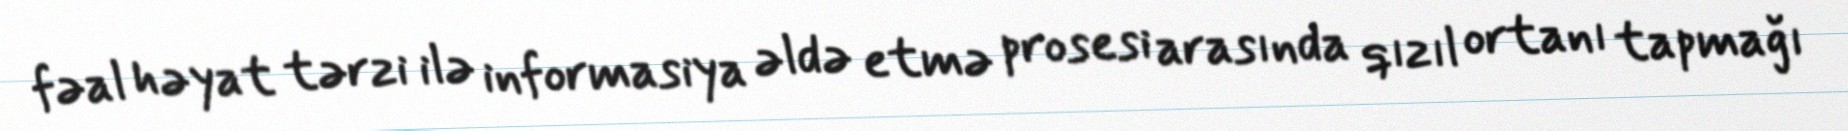
fəal həyat tərzi ilə informasiya əldə etmə prosesi arasında qızıl ortanı tapmağı